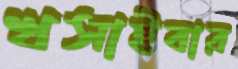
খসাইবার